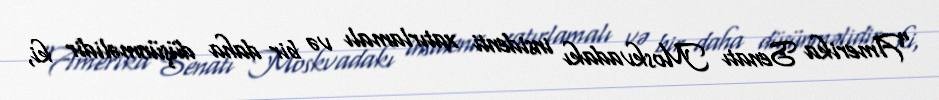
“Amerika Senatı Moskvadakı insidenti xatırlamalı və bir daha düşünməlidir ki,